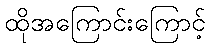
ထိုအကြောင်းကြောင့်